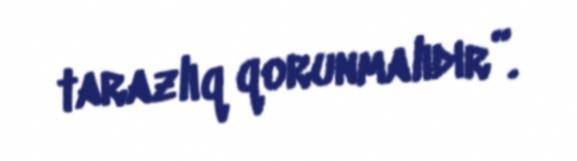
tarazlıq qorunmalıdır”.